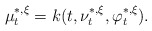
\begin{align*}\mu_t^{*,\xi}=k(t,\nu_t^{*,\xi},\varphi_t^{*,\xi}).\end{align*}